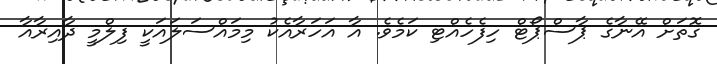
ގޮތަށް އޭނާގެ ޕާސްޕޯޓް ހިފެހެއްޓި ކަމެވެ. އާ އަހަރާއެކު މިމައްސަލައަކީ ފިލްމީ ދާއިރާއާ